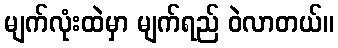
မျက်လုံးထဲမှာ မျက်ရည် ဝဲလာတယ်။